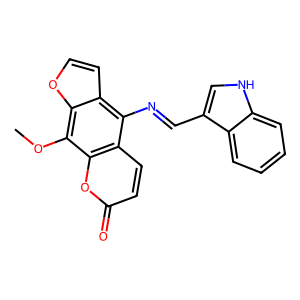
SMILES: COc1c2occc2c(N=Cc2c[nH]c3ccccc23)c2ccc(=O)oc12
Inhibits HIV replication: No